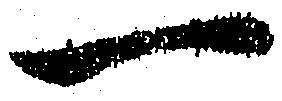
一